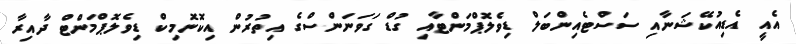
އެއީ އެޑިއުކޭޝަނާއި ސަސްޓެއިންބަލް ޑިވެލޮޕްމަންޓާއި ގުޑް ގަވަނަންސްގެ އިތުރުން އިކޮނޮމިކް ޑިވެލޮޕްމަންޓް ދާއިރާ